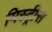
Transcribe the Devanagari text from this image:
मिस्ट्रीस